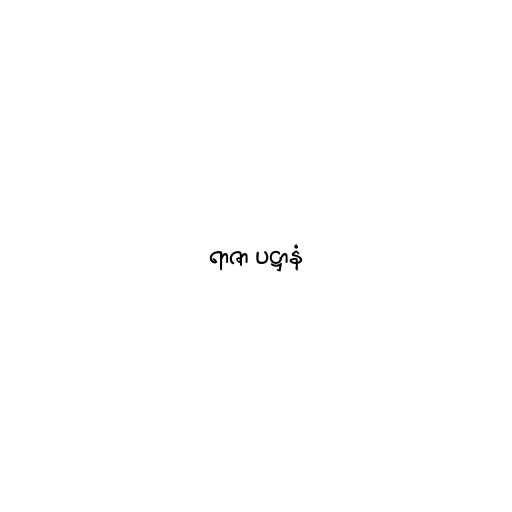
ရာဇာ ပဋ္ဌာနံ